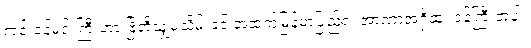
ကင်းဝန်မင်းကြီးဟာ ဗြိတိသျှမသိမ်းခင် အထက်မြန်မာပြည်ရဲ့ အာဏာအရှိဆုံး ဝန်ကြီးတပါး